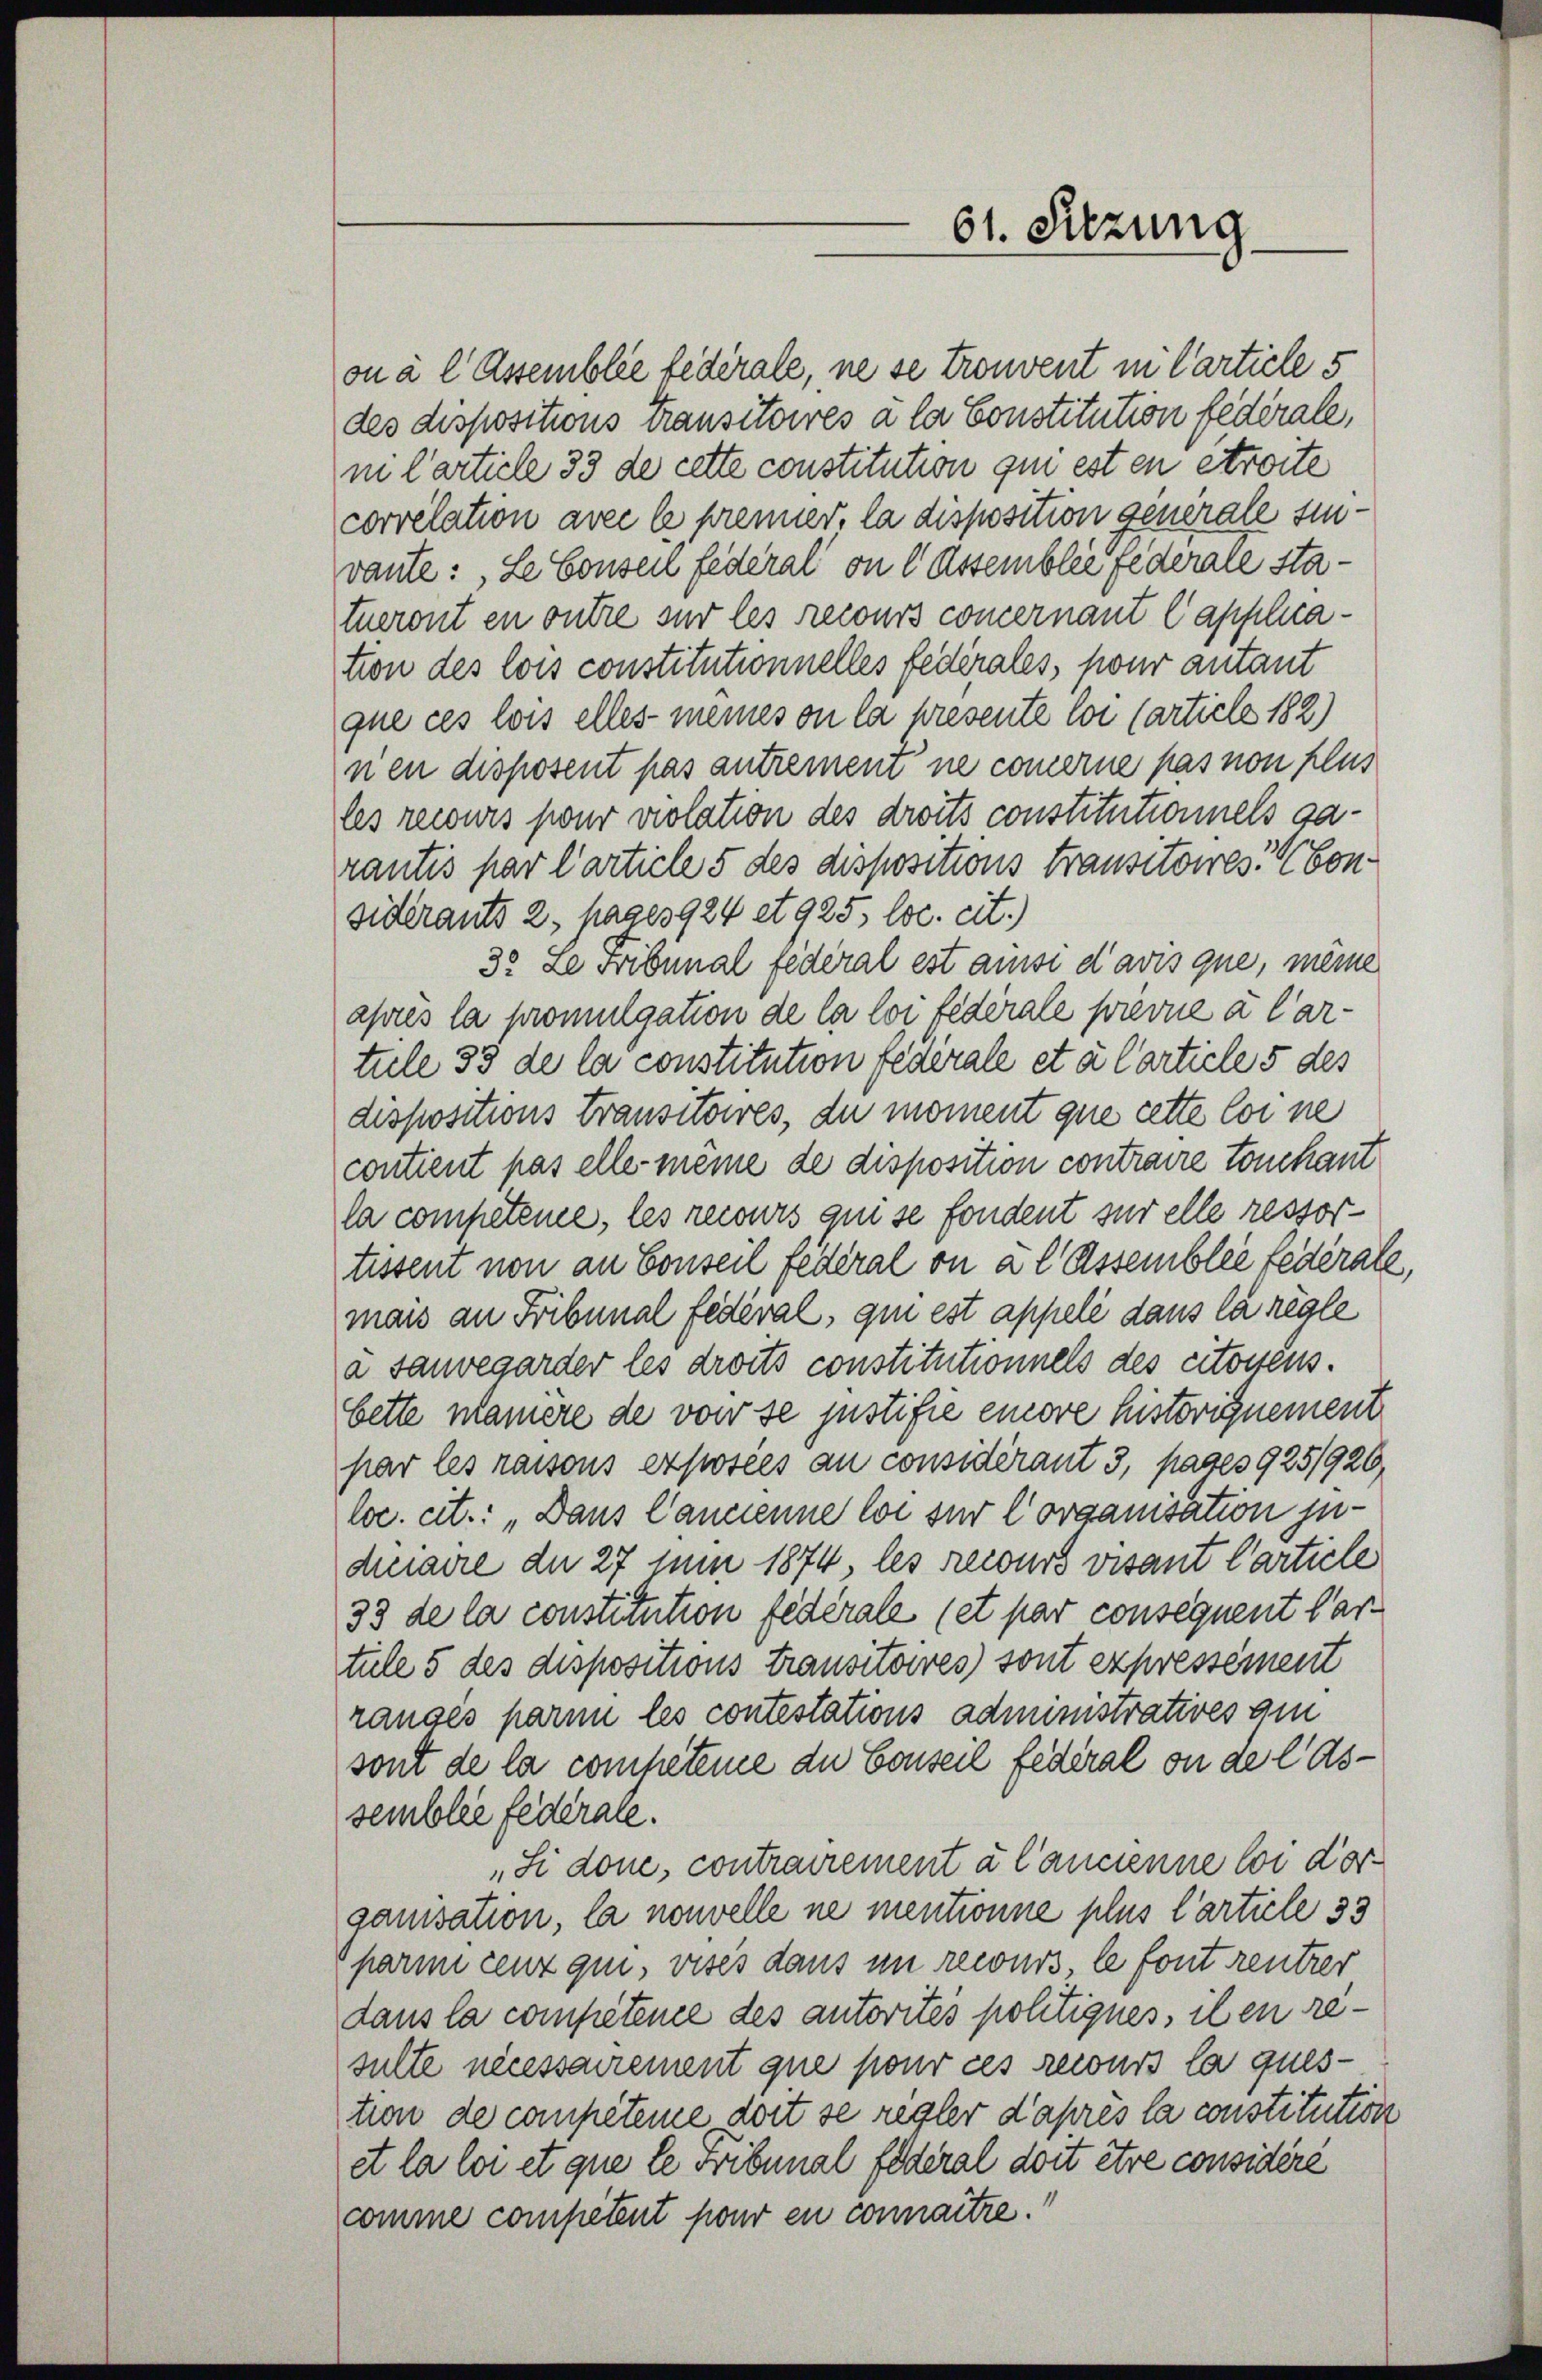
on à l Assemblée fédérale, ne se trouvent in Carticle 5
des dispositions Transitoires à la Constitution fédérale,
in Carticle 33 de cette constitution qui est en etworte
correlation avec le prenner, la disposition generale sin
vaute: Le Conseil federal on l Assembler federate statueront en outre sur les recours concernant Capplication des lois constitutionnelles fédérales, pour autant
que ces lois elles meines on la presente loi (article 182)
nen disposent pas antrement ne commerne pas non plus
les recours pour violation des droits constitutionnels garantis par Carticle 5 des dispositions Transitoires Considerants 2, pag. 3924 et 925, loc. cit.)
3. Le Fribunal federal est aussi d’avis que, meine
après la promulgation de la loi fédérale prevue à l’ar-
tule 33 de la constitution fédérale et à Carticle 5 des
dispositions Transitoires, du moment que cette loi ne
contient pas elle même de disposition contraire touchaut
la competence, les recours qui se fondent sur elle ressortissent non an Conseil fédéral on a l Assemblée fédérale,
mais an Fribunal fédéral, qui est appelé dans la règle
a sauvegarder les droits constitutionnels des citoitens.
bette manière de von se justifie einore historignement
par les raisons exposées au considérant 3, pages 925/920
loc. cit.: „Dans Cancienne loi sur Corganisation judiaire du 27 nun 1874, les recurs visant Carticle
33 de la constitution federale (et par consequent dartule 5 des dispositions transitoires) sont expressement
rangés parmi les contestations administratives am
sont de la competene du Conseil fédéral ou de lassemblée federate.
„Si done, contrairement à l’ancienne loi der
ganisation, la nouvelle ne mentionne plus l’article 33
parin cenz qui, visés dans im recours, le font rentrer
dans la compétence des autorités politiques, iben resulte necessairement que pour ces recurs la ques-
tion de compéteine doit se regler d’après la constitution
et la loi et que le Fribunal federal doit être considéré
comme competent pour en connaitre.

61. Sitzung